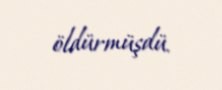
öldürmüşdü.